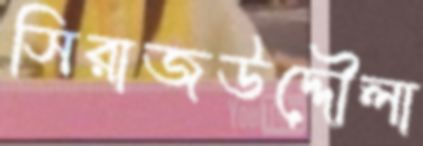
সিরাজউদ্দৌলা